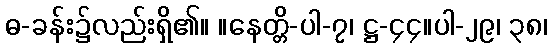
ဓ-ခန်း၌လည်းရှိ၏။ ။နေတ္တိ-ပါ-၇၊ ဋ္ဌ-၄၄။ပါ-၂၉၊ ၃၈၊